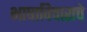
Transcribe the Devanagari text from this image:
भाषाविचाराचे